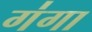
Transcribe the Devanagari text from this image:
ग॑गा